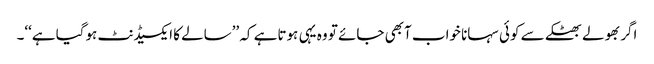
اگر بھولے بھٹکے سے کوئی سہانا خواب آبھی جائے تو وہ یہی ہوتاہے کہ ’’سالے کا ایکسیڈنٹ ہوگیا ہے‘‘۔